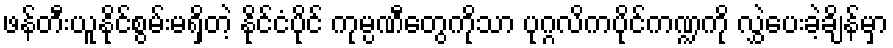
ဖန်တီးယူနိုင်စွမ်းမရှိတဲ့ နိုင်ငံပိုင် ကုမ္ပဏီတွေကိုသာ ပုဂ္ဂလိကပိုင်ကဏ္ဍကို လွှဲပေးခဲ့ချိန်မှာ